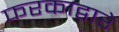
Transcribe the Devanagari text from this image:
फरकाद्वारे